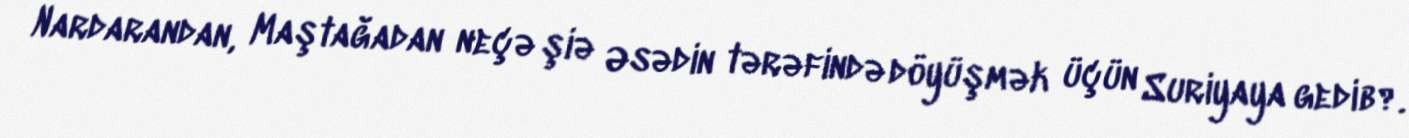
Nardarandan, Maştağadan neçə şiə Əsədin tərəfində döyüşmək üçün Suriyaya gedib?.